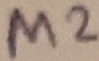
Text: M2